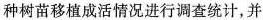
种树苗移植成活情况进行调查统计，并